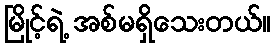
မြိုင့်ရဲ့ အစ်မရှိသေးတယ်။